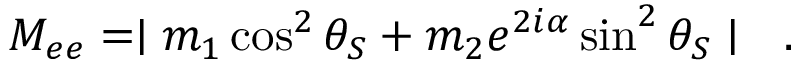
M _ { e e } = \mid m _ { 1 } \cos ^ { 2 } \theta _ { S } + m _ { 2 } e ^ { 2 i \alpha } \sin ^ { 2 } \theta _ { S } \mid \ \ .